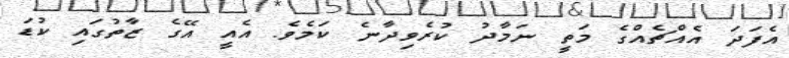
އެފަދަ އެއްޗެއްގެ މަތީ ނަމާދު ކުރެވިދާނެ ކަމެވެ. އެއީ އޭގެ ޒާތުގައި ކުޑަ